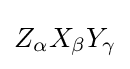
Z_{\alpha }X_{\beta }Y_{\gamma }